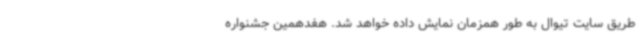
طریق سایت تیوال به طور همزمان نمایش داده خواهد شد. هفدهمین جشنواره